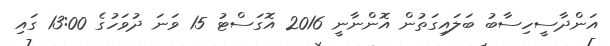
އަންދާސީހިސާބު ބަލައިގަތުން އޮންނާނީ 2016 އޮގަސްޓު 15 ވަނަ ދުވަހުގެ 13:00 ގައި